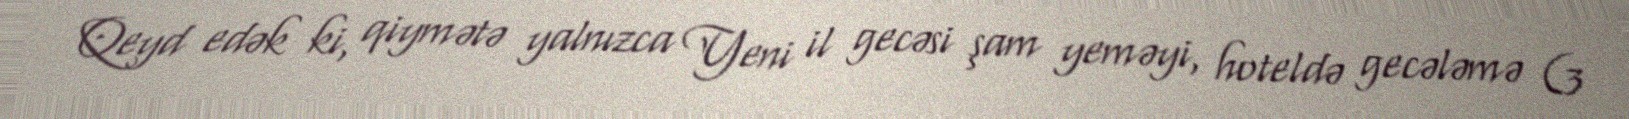
Qeyd edək ki, qiymətə yalnızca Yeni il gecəsi şam yeməyi, hoteldə gecələmə (3